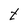
Character: t